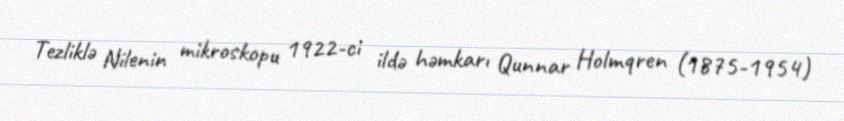
Tezliklə Nilenin mikroskopu 1922-ci ildə həmkarı Qunnar Holmqren (1875-1954)